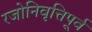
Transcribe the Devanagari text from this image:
रजोनिवृत्तिपूर्व